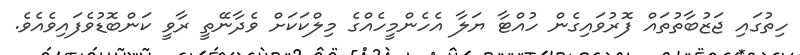
ހިތުގައި ޖަޒުބާތުތައް ފޮރުވައިގެން ހުއްޓާ ޔަލާ އެހެންމީހެއްގެ މިލްކަކަށް ވެދާނޭތީ ރާވީ ކަންބޮޑުވެފައިވެއެވެ.